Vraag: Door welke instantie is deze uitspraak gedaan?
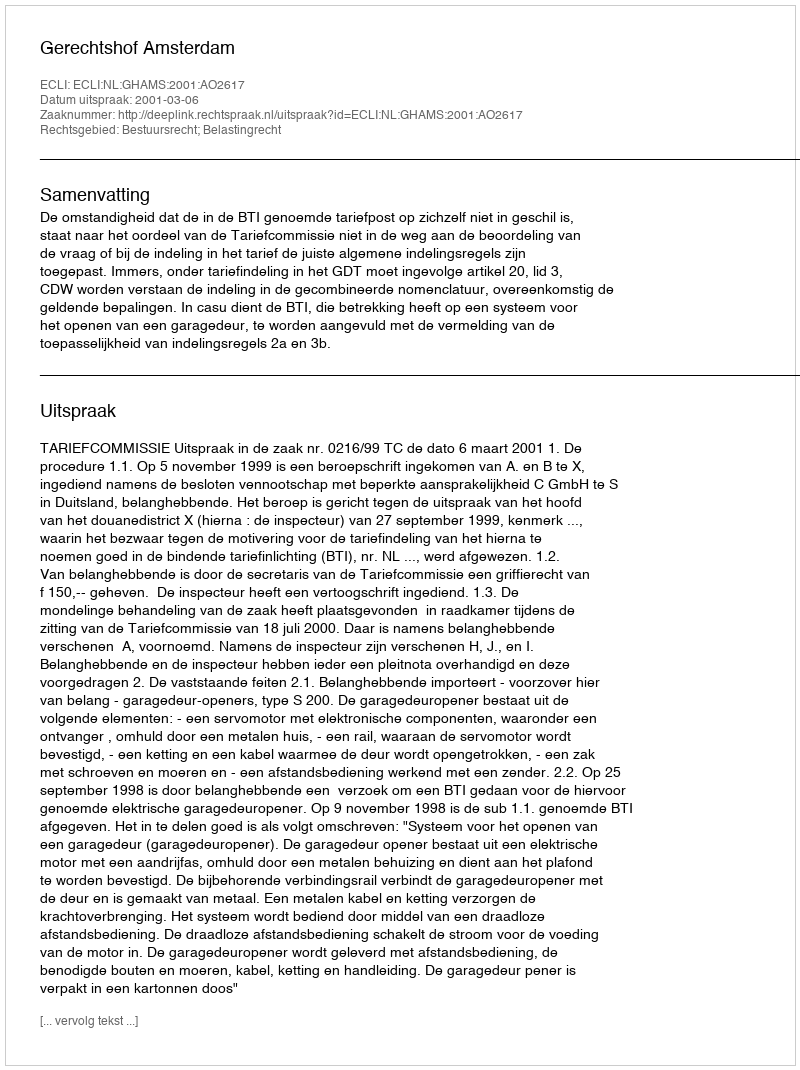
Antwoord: Gerechtshof Amsterdam